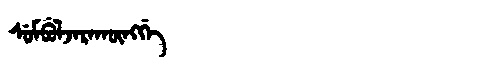
Manchu: ᠰᡠᠮᠪᡠᠯᠵᠠᡵᠠᡴᡡᠩᡤᡝ
Romanization: SUMBULJARAKŪNGGE